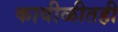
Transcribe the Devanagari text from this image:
कावीळीतही